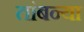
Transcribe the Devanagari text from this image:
तांबन्या